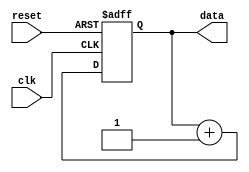
module RepeatLoop(
    input wire clk,        // Clock signal
    input wire reset,      // Reset signal to exit the loop
    output reg [7:0] data  // Example output data
);

    // Initialization (if necessary)
    initial begin
        data = 8'b0; // Initialize data
    end

    always @(posedge clk or posedge reset) begin
        if (reset) begin
            data <= 8'b0; // Reset the data on reset signal
        end else begin
            // Infinite loop behavior
            // Continuously perform operations
            // Example operation: increment data
            data <= data + 1; // Increment data for demonstration
        end
    end

endmodule